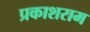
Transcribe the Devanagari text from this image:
प्रकाशराम